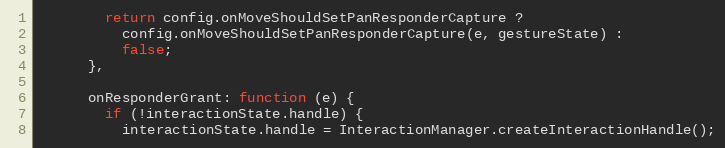
Language: JavaScript
        return config.onMoveShouldSetPanResponderCapture ?
          config.onMoveShouldSetPanResponderCapture(e, gestureState) :
          false;
      },

      onResponderGrant: function (e) {
        if (!interactionState.handle) {
          interactionState.handle = InteractionManager.createInteractionHandle();